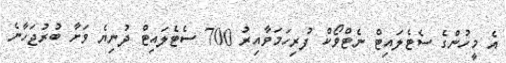
އެ މީހުންގެ ސެޓެލައިޓް ނެޓްވޯކް ފުރިހަމަވާއިރު 700 ސެޓެލައިޓް ދުނިޔެ ވަށާ ބުރުޖަހާނެ